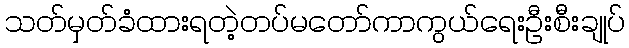
သတ်မှတ်ခံထားရတဲ့တပ်မတော်ကာကွယ်ရေးဦးစီးချုပ်